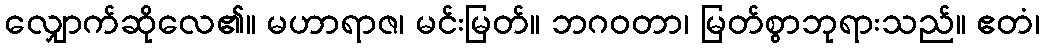
လျှောက်ဆိုလေ၏။ မဟာရာဇ၊ မင်းမြတ်။ ဘဂဝတာ၊ မြတ်စွာဘုရားသည်။ ဧတံ၊